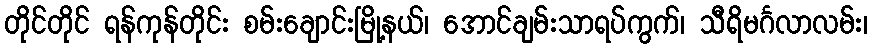
တိုင်တိုင် ရန်ကုန်တိုင်း စမ်းချောင်းမြို့နယ်၊ အောင်ချမ်းသာရပ်ကွက်၊ သီရိမင်္ဂလာလမ်း၊